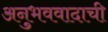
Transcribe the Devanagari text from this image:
अनुभववादाची